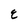
Character: E